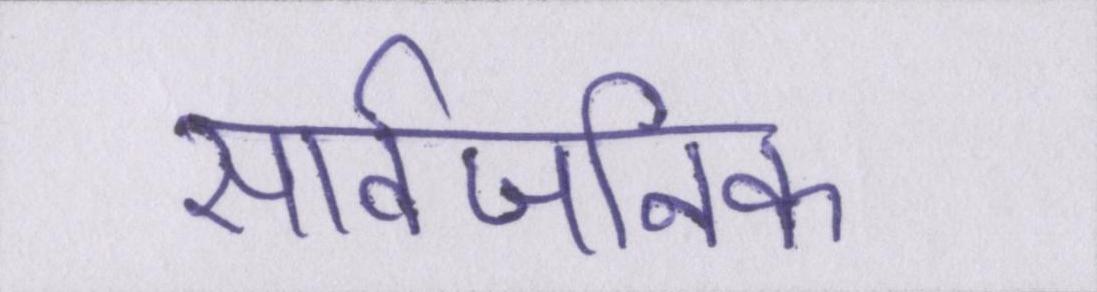
सार्वजनिक